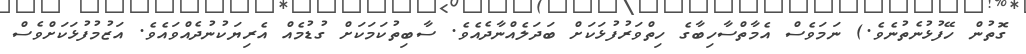
ގޮތުން ހޭފުޅުނެތުނެވެ.) ނަމަވެސް އެމާތްސާހިބާގެ ހިތްވަރުފުޅަކަށް ބަދަލެއްނާދެއެވެ. ސާބިތުކަމަކަށް ގުޑުމެއް އެރިޔަކުނުދެއްވައެވެ. އަޒުމުފުޅަކަށްވެސް